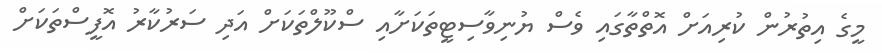
މީގެ އިތުރުން ކުރިއަށް އޮތްތާގައި ވެސް ޔުނިވާސިޓީތަކަށާއި ސްކޫލްތަކަށް އަދި ސަރުކާރު އޮފީސްތަކަށް